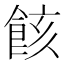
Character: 䬵